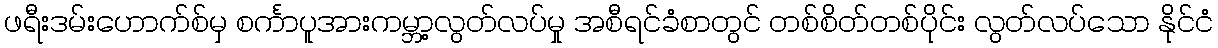
ဖရီးဒမ်းဟောက်စ်မှ စင်္ကာပူအားကမ္ဘာ့လွတ်လပ်မှု အစီရင်ခံစာတွင် တစ်စိတ်တစ်ပိုင်း လွတ်လပ်သော နိုင်ငံ